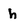
Character: h